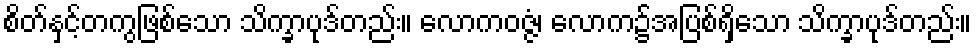
စိတ်နှင့်တကွဖြစ်သော သိက္ခာပုဒ်တည်း။ လောကဝဇ္ဇံ၊ လောက၌အပြစ်ရှိသော သိက္ခာပုဒ်တည်း။